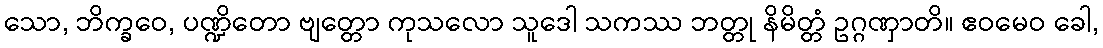
သော, ဘိက္ခဝေ, ပဏ္ဍိတော ဗျတ္တော ကုသလော သူဒေါ သကဿ ဘတ္တု နိမိတ္တံ ဥဂ္ဂဏှာတိ။ ဧဝမေဝ ခေါ,